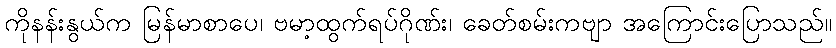
ကိုနန်းနွယ်က မြန်မာစာပေ၊ ဗမာ့ထွက်ရပ်ဂိုဏ်း၊ ခေတ်စမ်းကဗျာ အကြောင်းပြောသည်။